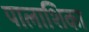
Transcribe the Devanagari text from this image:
पालाशिका